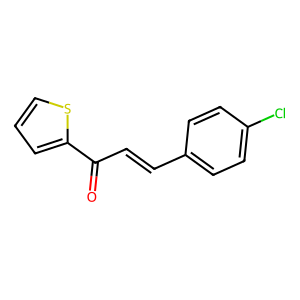
SMILES: O=C(C=Cc1ccc(Cl)cc1)c1cccs1
Inhibits HIV replication: No